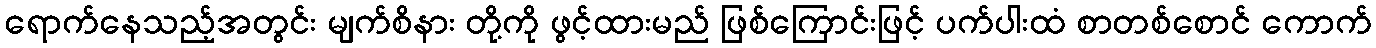
ရောက်နေသည့်အတွင်း မျက်စိနား တို့ကို ဖွင့်ထားမည် ဖြစ်ကြောင်းဖြင့် ပက်ပါးထံ စာတစ်စောင် ကောက်